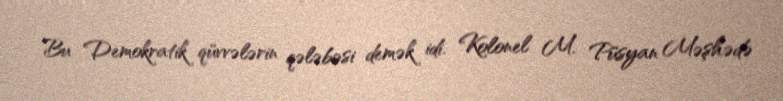
Bu Demokratik qüvvələrin qələbəsi demək idi. Kolonel M. Püsyan Məşhədə